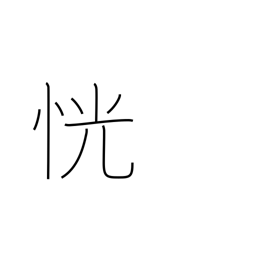
Meaning: unclear